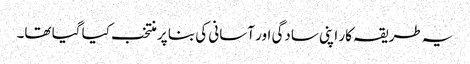
یہ طریقہ کار اپنی سادگی اور آسانی کی بنا پر منتخب کیا گیا تھا۔